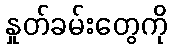
နှုတ်ခမ်းတွေကို